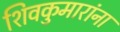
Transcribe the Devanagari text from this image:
शिवकुमारांना